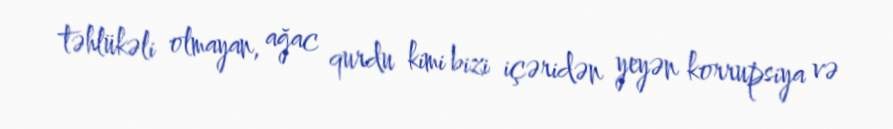
təhlükəli olmayan, ağac qurdu kimi bizi içəridən yeyən korrupsiya və